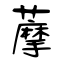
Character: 藦